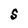
Character: S